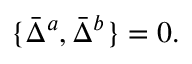
\{ \bar { \Delta } ^ { a } , \bar { \Delta } ^ { b } \} = 0 .